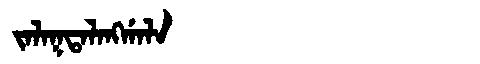
Manchu: ᠵᠠᠯᠠᡴᡨᠠᠯᠠᠩᡤᠠᠯᠠ
Romanization: JALAKTALANGGALA